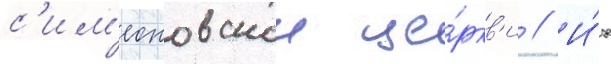
с'им'еоновскои це́ркв'и // И́х